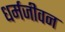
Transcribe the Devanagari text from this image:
धर्मजीवन